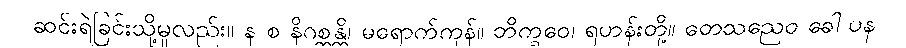
ဆင်းရဲခြင်းသို့မူလည်း။ န စ နိဂစ္ဆန္တိ၊ မရောက်ကုန်။ ဘိက္ခဝေ၊ ရဟန်းတို့။ တေသညေဝ ခေါ ပန